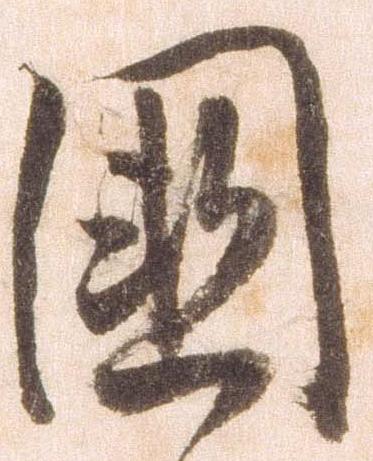
国